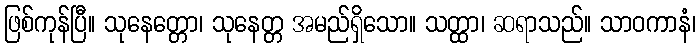
ဖြစ်ကုန်ပြီ။ သုနေတ္တော၊ သုနေတ္တ အမည်ရှိသော။ သတ္ထာ၊ ဆရာသည်။ သာဝကာနံ၊